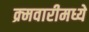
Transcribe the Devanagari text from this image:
क्र्मवारीमध्ये